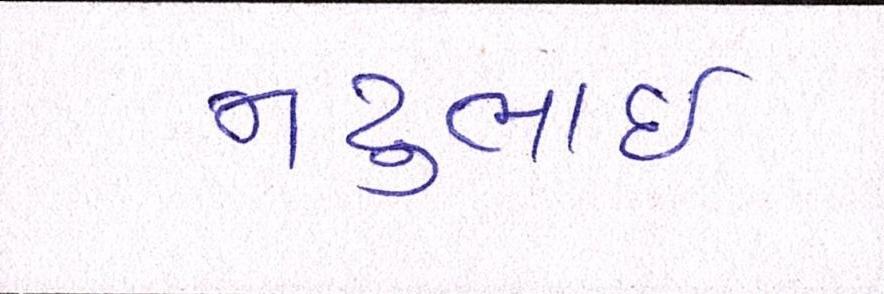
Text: નટુભાઈ